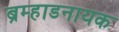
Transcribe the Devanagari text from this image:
ब्रम्हाडनायक